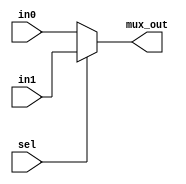
`timescale 1ns / 1ps

// 32 bit Mux

module Mux_32(
input [31:0] in0,
input [31:0] in1,
input sel,
output [31:0] mux_out
    );
assign mux_out=(sel)? in1:in0;

endmodule

// 5 bit Mux

module Mux_5(
input [4:0] in0,
input [4:0] in1,
input sel,
output [4:0] mux_out
    );
assign mux_out=(sel)? in1:in0;

endmodule